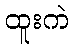
ထူးကဲ